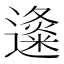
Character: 𲆃